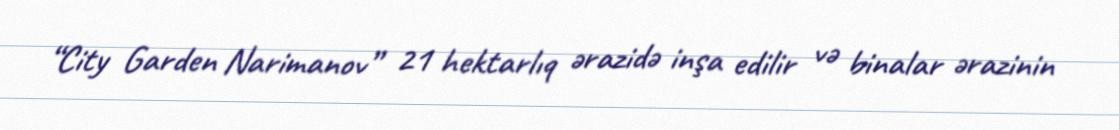
“City Garden Narimanov” 21 hektarlıq ərazidə inşa edilir və binalar ərazinin